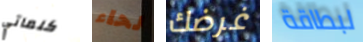
كلماتي لحاء غرضك لبطاقة